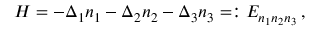
\begin{array} { r } { H = - \Delta _ { 1 } n _ { 1 } - \Delta _ { 2 } n _ { 2 } - \Delta _ { 3 } n _ { 3 } = : E _ { n _ { 1 } n _ { 2 } n _ { 3 } } \, , } \end{array}